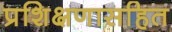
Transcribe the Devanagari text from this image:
प्रशिक्षणासहित